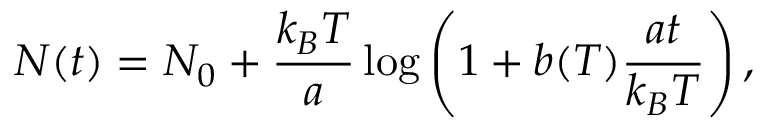
N ( t ) = N _ { 0 } + \frac { k _ { B } T } { a } \log \left( 1 + b ( T ) \frac { a t } { k _ { B } T } \right) ,